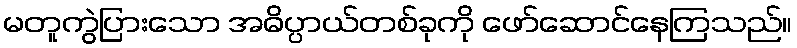
မတူကွဲပြားသော အဓိပ္ပာယ်တစ်ခုကို ဖော်ဆောင်နေကြသည်။